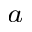
_ a